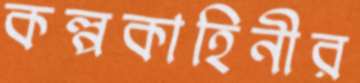
কল্পকাহিনীর